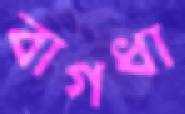
বাগধা